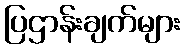
ပြဌာန်းချက်များ